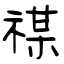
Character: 禖